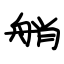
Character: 艄